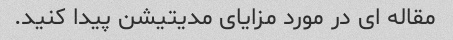
مقاله ای در مورد مزایای مدیتیشن پیدا کنید.